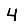
Digit: 4